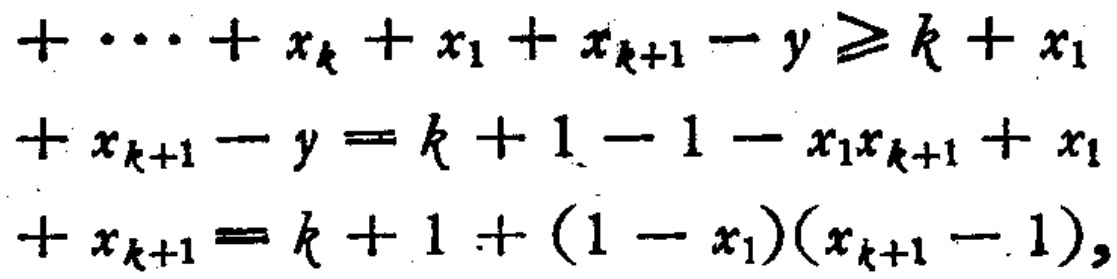
\[

\begin{align*}

+\cdots + x_{k}+x_{1}+x_{k + 1}-y&\geq k + x_{1}\\

+x_{k + 1}-y&=k + 1-1 - x_{1}x_{k + 1}+x_{1}\\

+x_{k + 1}&=k + 1+(1 - x_{1})(x_{k + 1}-1),

\end{align*}

\]